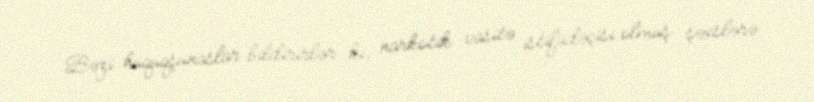
Bəzi hüquqşünaslar bildirirlər ki, narkotik vasitə istifadəçisi olmuş şəxslərə